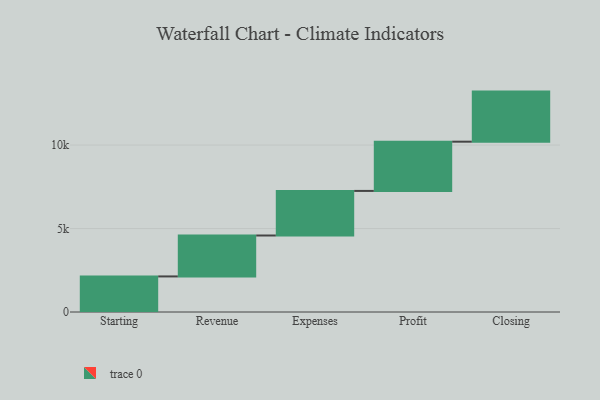
{"axis": {"x": "Step", "y": "Value"}, "legend": [""], "data": [{"x": "Starting", "y": 2131.0, "type": ""}, {"x": "Revenue", "y": 2452.0, "type": ""}, {"x": "Expenses", "y": 2671.0, "type": ""}, {"x": "Profit", "y": 2950.0, "type": ""}, {"x": "Closing", "y": 3000, "type": ""}]}